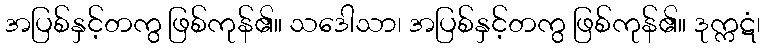
အပြစ်နှင့်တကွ ဖြစ်ကုန်၏။ သဒေါသာ၊ အပြစ်နှင့်တကွ ဖြစ်ကုန်၏။ ဒုက္ကဋံ၊